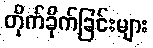
တိုက်ခိုက်ခြင်းများ